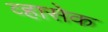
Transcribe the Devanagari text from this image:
व्हासेक